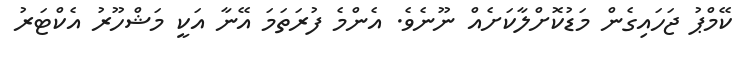
ކޭމްޕު ޖަހައިގެން މަޑުކޮށްލާކަށެއް ނޫނެވެ. އެންމެ ފުރަތަމަ އޭނާ އަކީ މަޝްހޫރު އެކްޓަރު